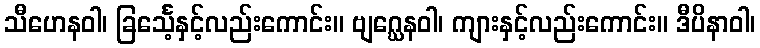
သီဟေနဝါ၊ ခြင်္သေ့နှင့်လည်းကောင်း။ ဗျဂ္ဃေနဝါ၊ ကျားနှင့်လည်းကောင်း။ ဒီပိနာဝါ၊